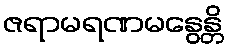
ဇရာမရဏမနွေန္တိ